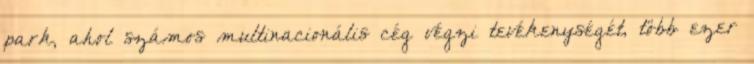
park, ahol számos multinacionális cég végzi tevékenységét, több ezer